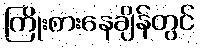
ကြိုးစားနေချိန်တွင်